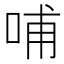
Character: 哺